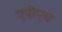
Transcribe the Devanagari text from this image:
एपीएच